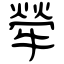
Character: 犖